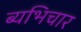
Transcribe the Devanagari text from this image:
ब्यभिचार